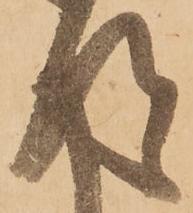
得